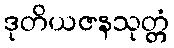
ဒုတိယဇနသုတ္တံ